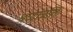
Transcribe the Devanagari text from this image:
श्रध्दांजलि।